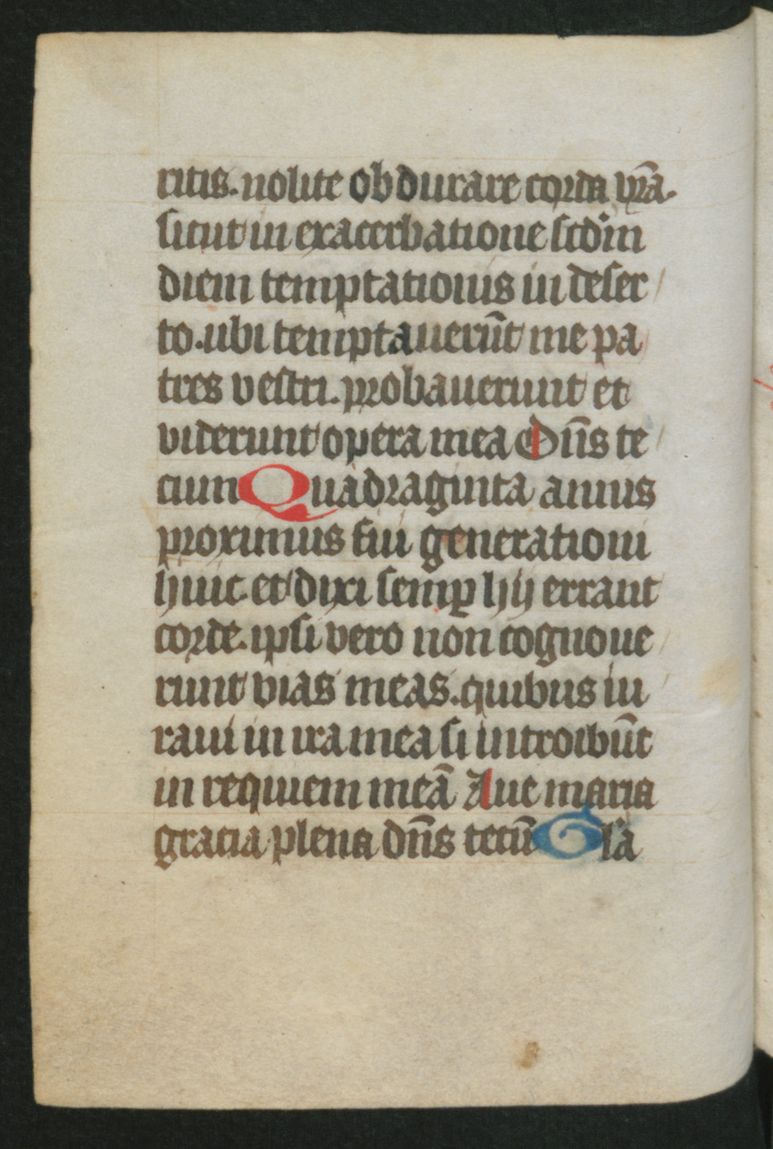
Shelfmark: Berlin, Staatsbibliothek, Hdschr. 25
Century: 15